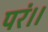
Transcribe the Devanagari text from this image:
परं।।